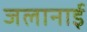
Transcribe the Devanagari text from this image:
जलानाई